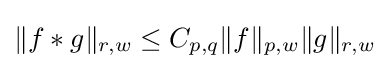
\|f*g\|_{r,w}\leq C_{p,q}\|f\|_{p,w}\|g\|_{r,w}